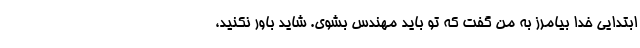
ابتدایی خدا بیامرز به من گفت که تو باید مهندس بشوی. شاید باور نکنید،